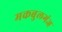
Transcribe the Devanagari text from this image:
मकबुलगंज